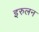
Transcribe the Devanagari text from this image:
इरुलन